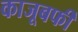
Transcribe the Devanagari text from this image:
काजूबर्फी